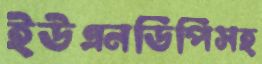
ইউএনডিপিসহ